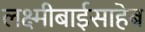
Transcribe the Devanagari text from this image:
लक्ष्मीबाईसाहेब